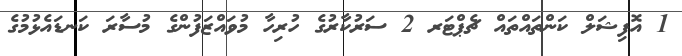
1 އޮފިޝަލް ކަންތައްތައް ޗެޕްޓަރ 2 ސަރުކާރުގެ ހުރިހާ މުވައްޒަފުންގެ މުސާރަ ކަނޑައެޅުމުގެ